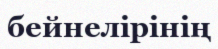
бейнелірінің